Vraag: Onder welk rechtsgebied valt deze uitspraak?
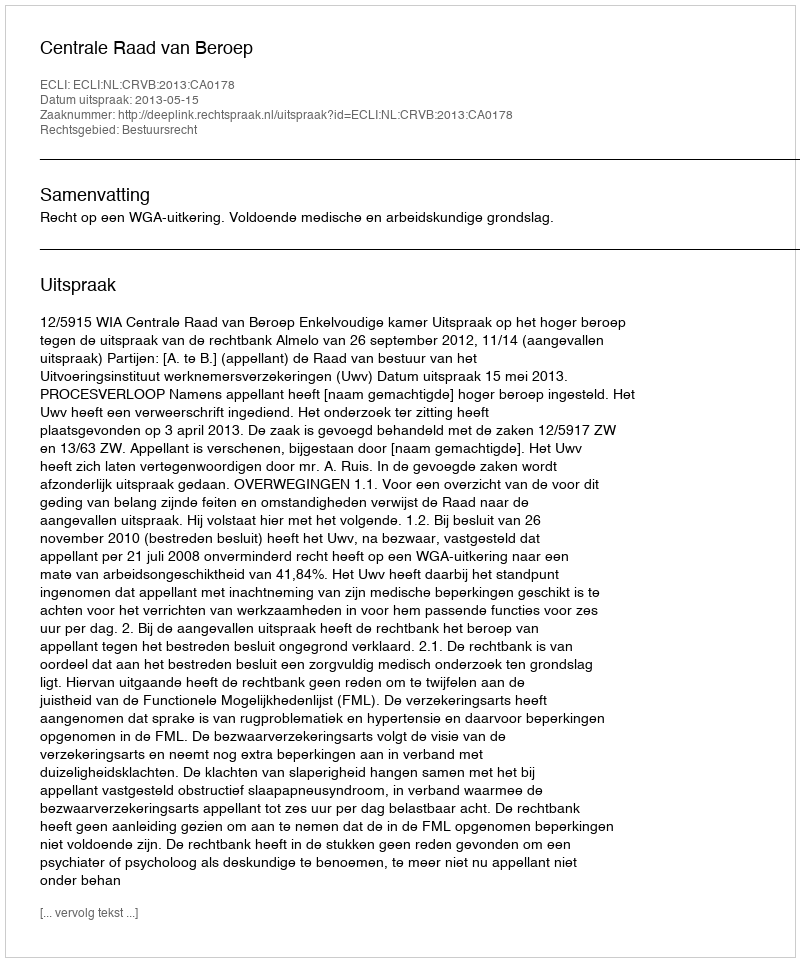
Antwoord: Bestuursrecht